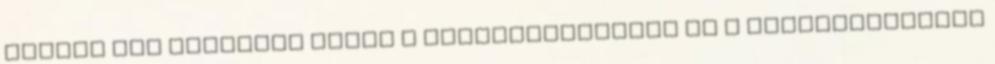
minden más dologban pedig a legmérsékeltebb és a szélsőségektől